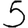
Digit: 5